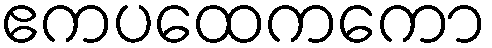
ဧကပထေကကော